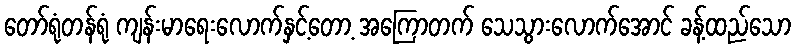
တော်ရုံတန်ရုံ ကျန်းမာရေးလောက်နှင့်တော့ အကြောတက် သေသွားလောက်အောင် ခန့်ထည်သော